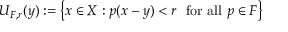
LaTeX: U _ { F , r } ( y ) : = \left\{ x \in X : p ( x - y ) < r \ { \mathrm { ~ f o r ~ a l l ~ } } p \in F \right\}